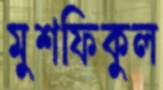
মুশফিকুল